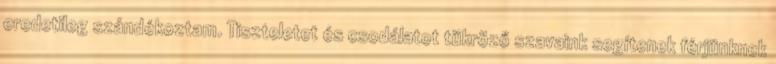
eredetileg szándékoztam. Tiszteletet és csodálatot tükröző szavaink segítenek férjünknek